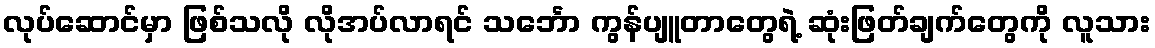
လုပ်ဆောင်မှာ ဖြစ်သလို လိုအပ်လာရင် သင်္ဘော ကွန်ပျူတာတွေရဲ့ ဆုံးဖြတ်ချက်တွေကို လူသား